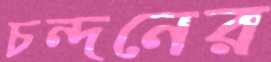
চন্দনের